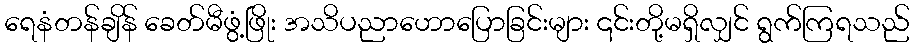
ရေနံတန်ချိန် ခေတ်မီဖွံ့ဖြိုး အသိပညာဟောပြောခြင်းများ ၎င်းတို့မရှိလျှင် ရွက်ကြရသည်